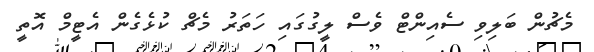
މެޗުން ބަލިވި ސެއިންޓް ވެސް ލީގުގައި ހަތަރު މެޗް ކުޅެގެން އެޓީމް އޮތީ